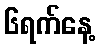
၆ရက်နေ့